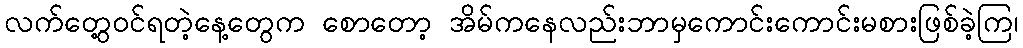
လက်တွေ့ဝင်ရတဲ့နေ့တွေက စောတော့ အိမ်ကနေလည်းဘာမှကောင်းကောင်းမစားဖြစ်ခဲ့ကြ၊